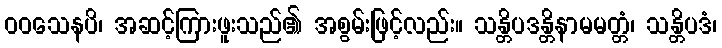
ဝဝသေနပိ၊ အဆင့်ကြားဖူးသည်၏ အစွမ်းဖြင့်လည်း။ သန္တိပဒန္တိနာမမတ္တံ၊ သန္တိပဒံ၊